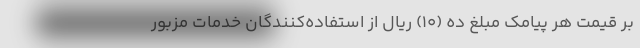
بر قیمت هر پیامک مبلغ ده (۱۰) ریال از استفاده‌کنندگان خدمات مزبور